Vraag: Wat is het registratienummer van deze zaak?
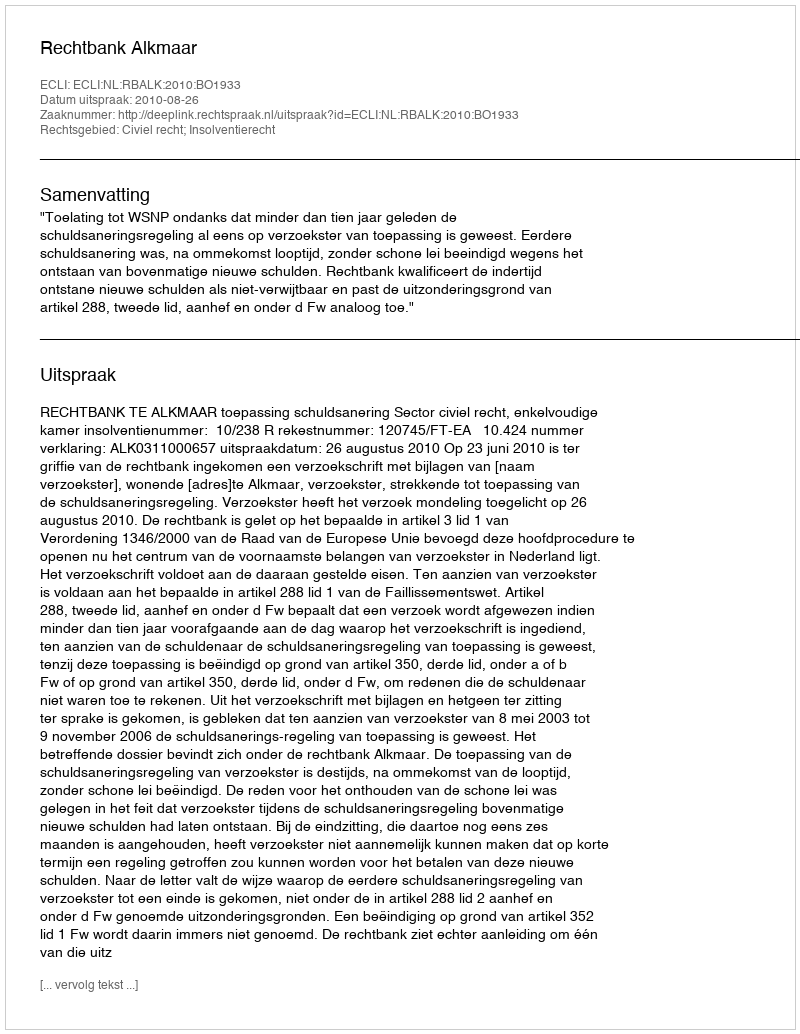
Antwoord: http://deeplink.rechtspraak.nl/uitspraak?id=ECLI:NL:RBALK:2010:BO1933